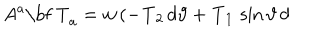
LaTeX: A ^ { a } \mathrm { \bf ~ T } _ { a } = w \, ( - { \bf T } _ { 2 } \, d \vartheta + { \bf T } _ { 1 } \, \sin \vartheta \, d